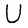
Character: U